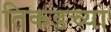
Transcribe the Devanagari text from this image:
तिकडच्या